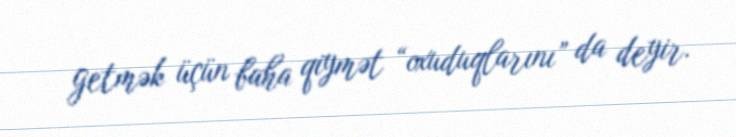
getmək üçün baha qiymət “oxuduqlarını” da deyir.